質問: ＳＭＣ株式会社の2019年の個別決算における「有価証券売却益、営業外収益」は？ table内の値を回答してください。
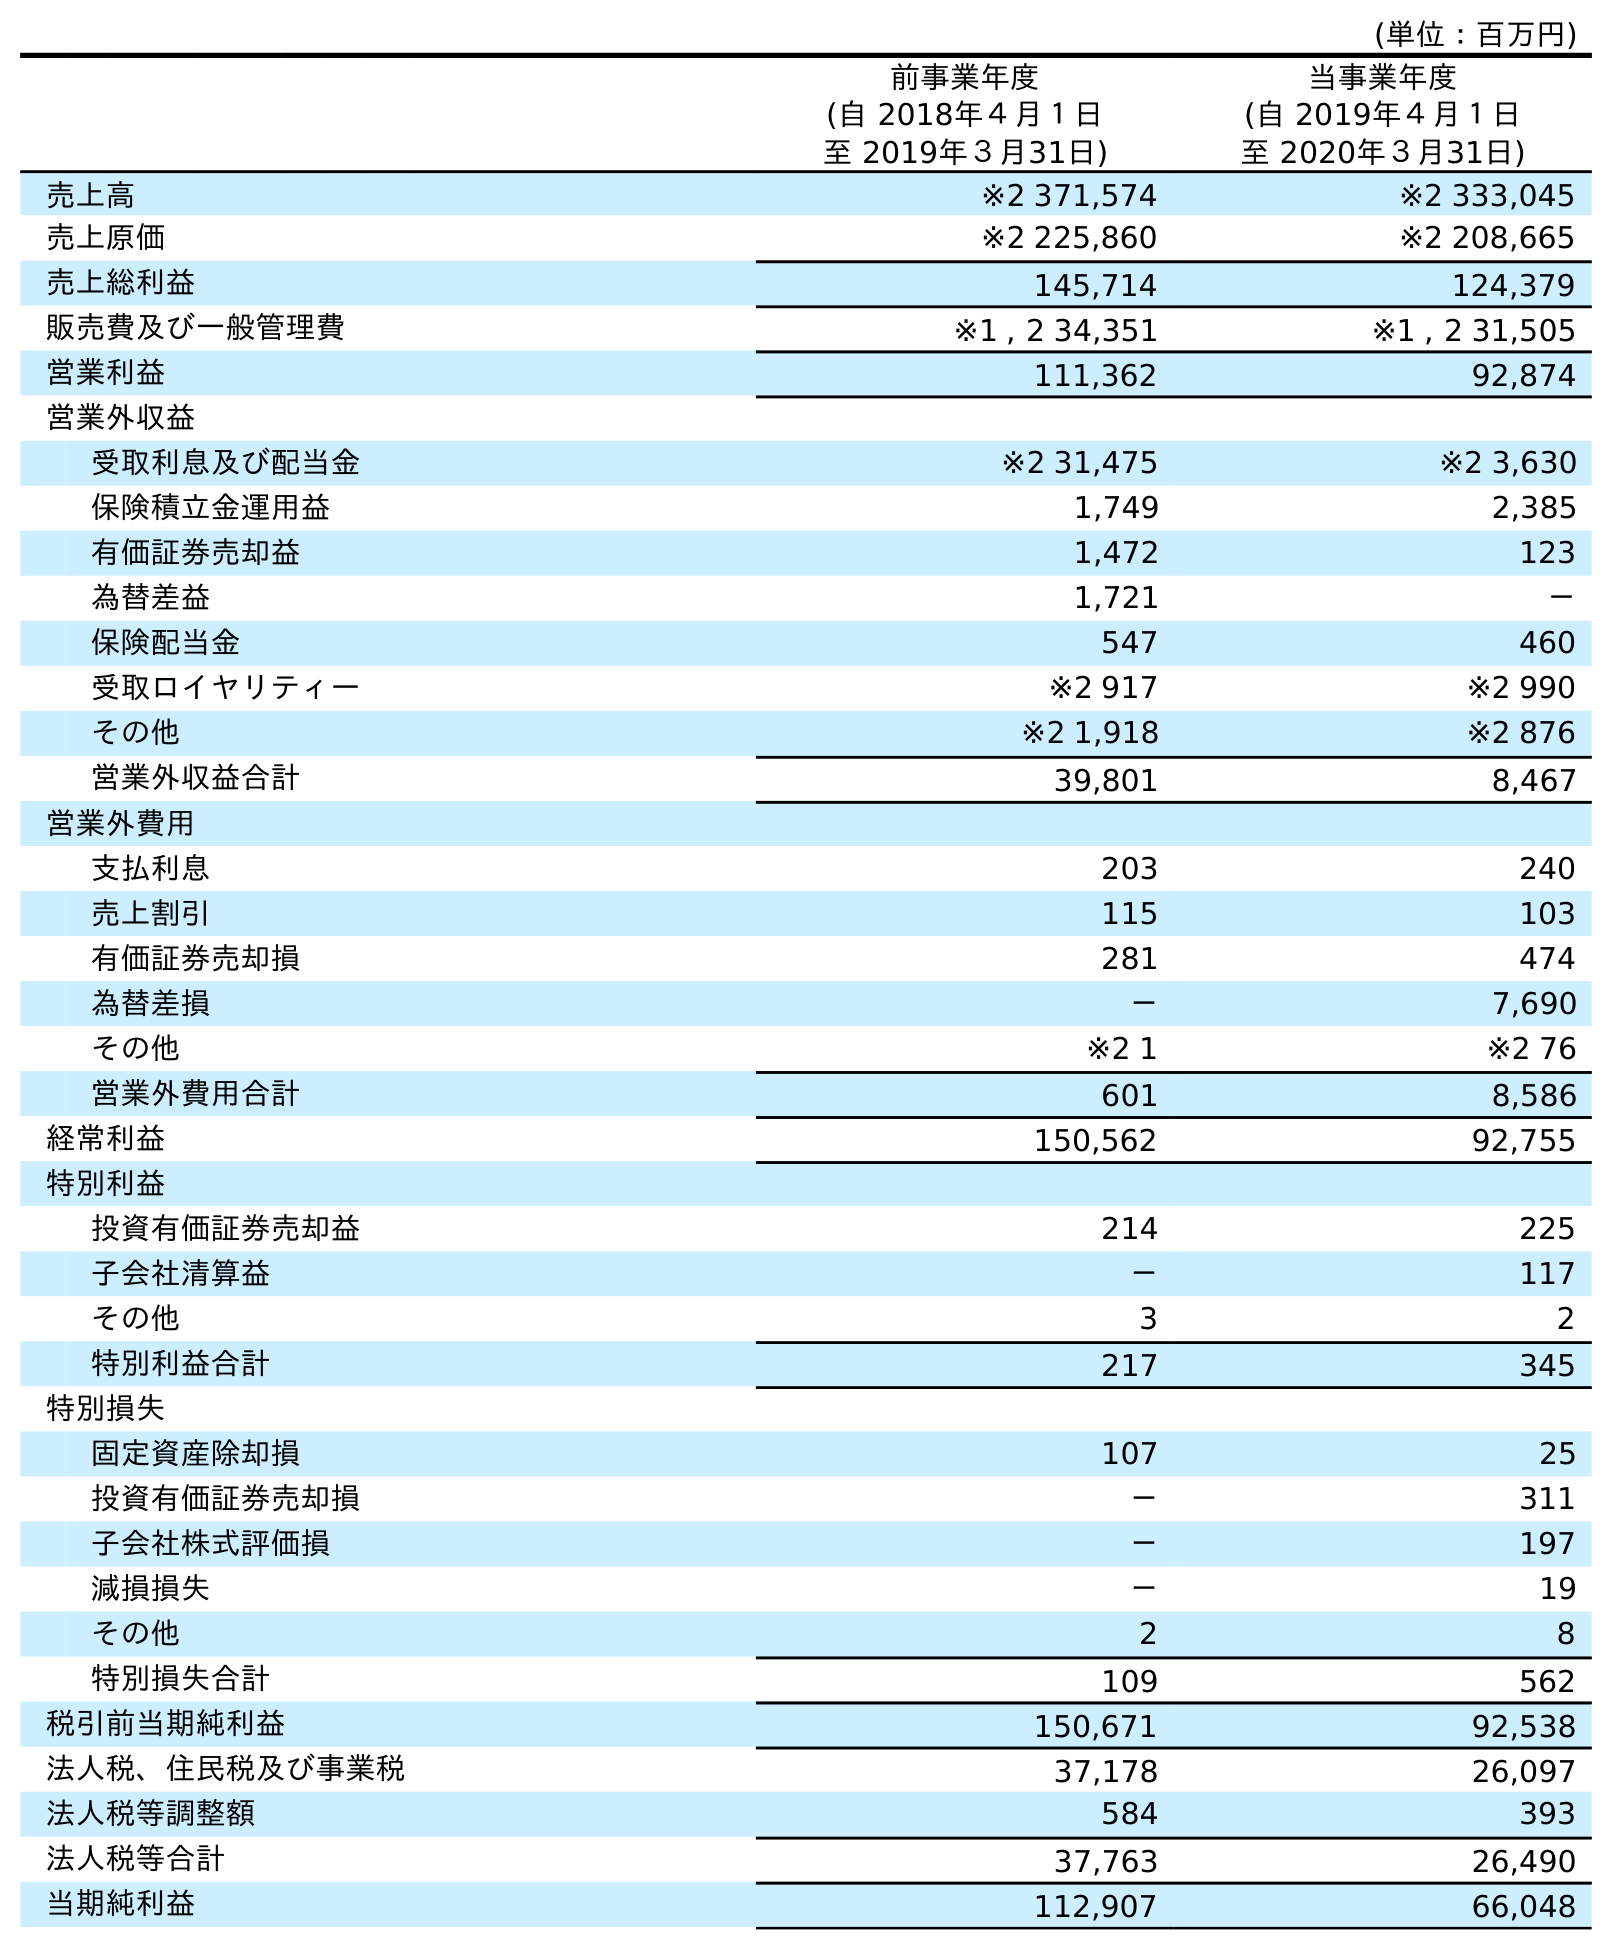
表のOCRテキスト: (単位：百万円) 前事業年度 (自 2018年４月１日 至 2019年３月31日) 当事業年度 (自 2019年４月１日 至 2020年３月31日) 売上高 ※2 371,574 ※2 333,045 売上原価 ※2 225,860 ※2 208,665 売上総利益 145,714 124,379 販売費及び一般管理費 ※1 , 2 34,351 ※1 , 2 31,505 営業利益 111,362 92,874 営業外収益 受取利息及び配当金 ※2 31,475 ※2 3,630 保険積立金運用益 1,749 2,385 有価証券売却益 1,472 123 為替差益 1,721 － 保険配当金 547 460 受取ロイヤリティー ※2 917 ※2 990 その他 ※2 1,918 ※2 876 営業外収益合計 39,801 8,467 営業外費用 支払利息 203 240 売上割引 115 103 有価証券売却損 281 474 為替差損 － 7,690 その他 ※2 1 ※2 76 営業外費用合計 601 8,586 経常利益 150,562 92,755 特別利益 投資有価証券売却益 214 225 子会社清算益 － 117 その他 3 2 特別利益合計 217 345 特別損失 固定資産除却損 107 25 投資有価証券売却損 － 311 子会社株式評価損 － 197 減損損失 － 19 その他 2 8 特別損失合計 109 562 税引前当期純利益 150,671 92,538 法人税、住民税及び事業税 37,178 26,097 法人税等調整額 584 393 法人税等合計 37,763 26,490 当期純利益 112,907 66,048
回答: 1,472